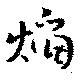
焔